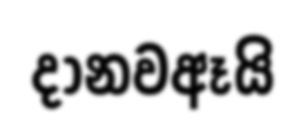
දානවඈයි